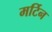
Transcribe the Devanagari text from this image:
मर्टिन